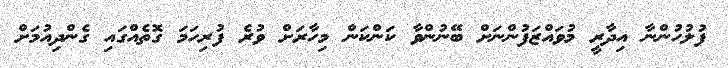
ފުލުހުންނާ އިދާރީ މުވައްޒަފުންނަށް ބޭނުންވާ ކަންކަން މިހާރަށް ވުރެ ފުރިހަމަ ގޮތެއްގައި ގެންދިއުމަށް